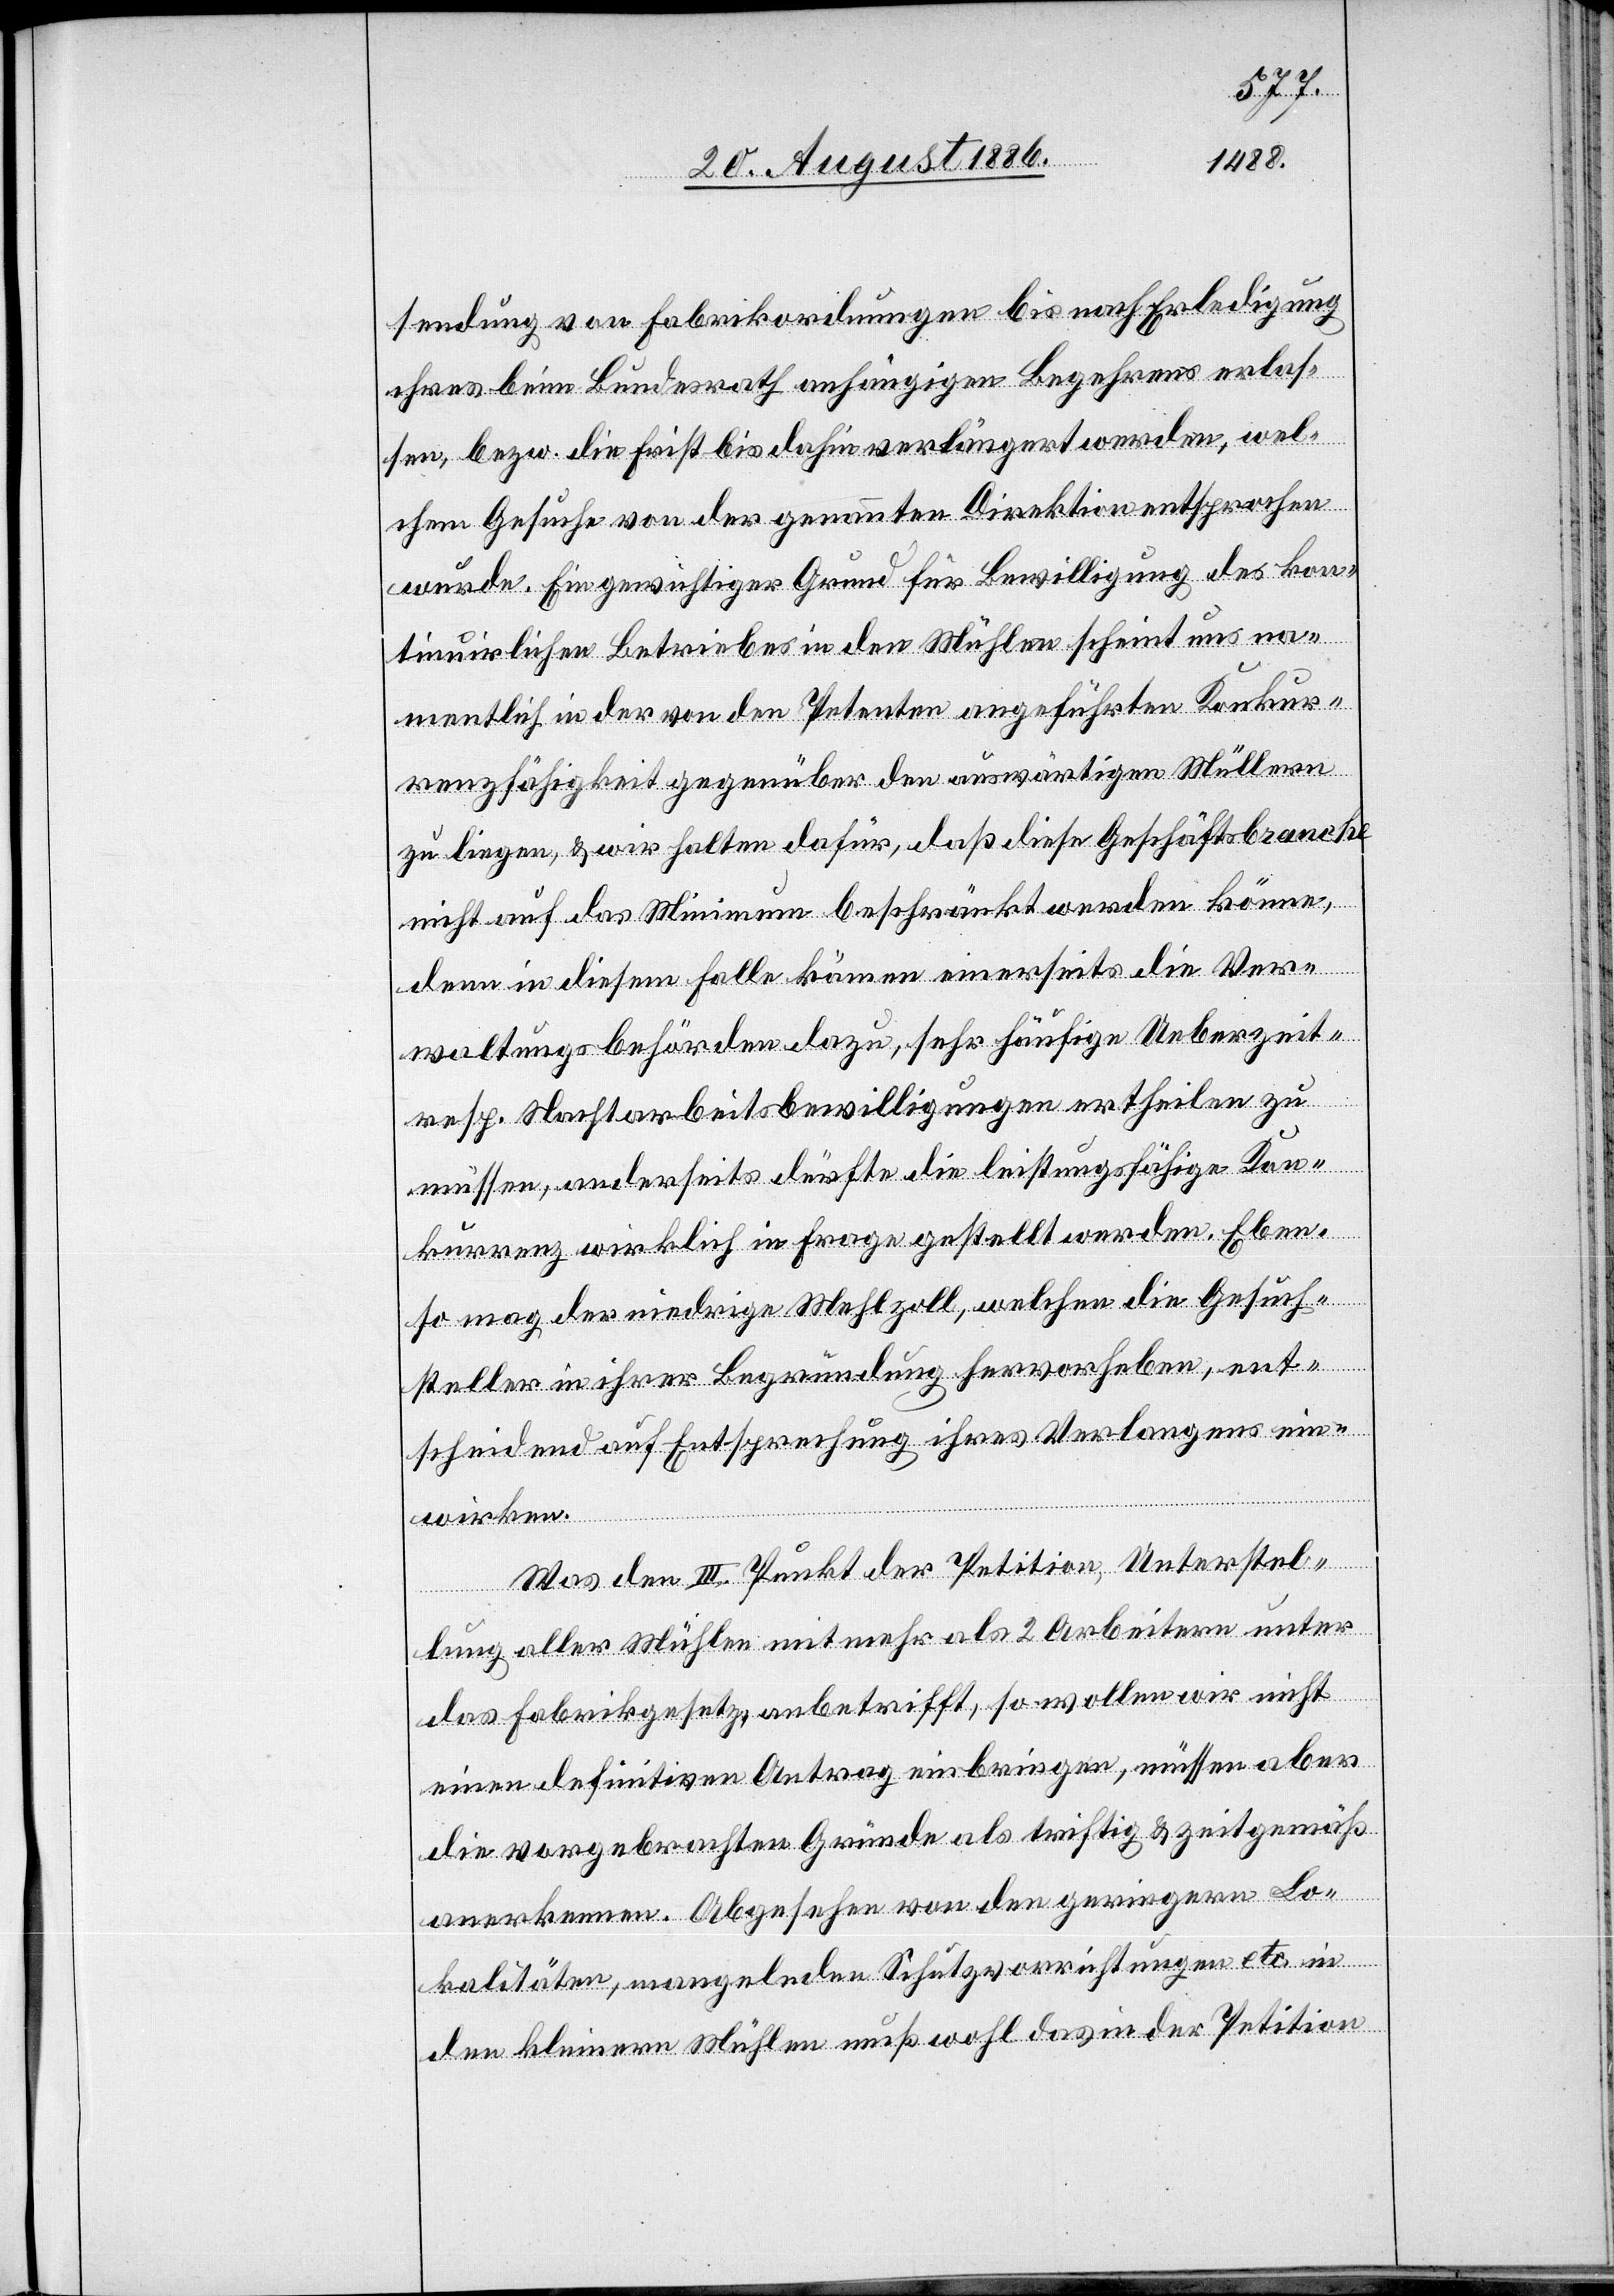
sendung von Fabrikordnungen bis nach Erledigung
ihres beim Bundesrath anhängigen Begehrens erlas¬
sen, bzw. die Frist bis dahin verlängert werden, wel¬
chem Gesuche von der genannten Direktion entsprochen
wurde. Ein gewichtiger Grund für Bewilligung des kon¬
tinuirlichen Betriebes in den Mühlen scheint uns na¬
mentlich in der von den Petenten angeführten Konkur¬
renzfähigkeit gegenüber auswärtigen Müllern
zu liegen, & wir halten dafür, daß diese Geschäftsbranche
nicht auf das Minimum beschränkt werden könne,
denn in diesem Falle kämen einerseits die Ver¬
waltungsbehörden dazu, sehr häufige Ueberzeit-
resp. Nachtarbeitsbewilligungen ertheilen zu
müssen, anderseits dürfte die leistungsfähige Kon¬
kurrenz wirklich in Frage gestellt werden. Eben¬
so mag der niedrige Mehlzoll, welchen die Gesuch¬
steller in ihrer Begründung hervorheben, ent¬
scheidend auf Entsprechung ihres Verlangens ein¬
wirken.
Was den III. Punkt der Petition, Unterstel¬
lung aller Mühlen mit mehr als 2 Arbeitern unter
das Fabrikgesetz anbetrifft, so wollen wir nicht
einen definitiven Antrag einbringen, müssen aber
die vorgebrachten Gründe als triftig & zeitgemäß
anerkennen. Abgesehen von den geringern Lo¬
kalitäten, mangelnden Schutzvorrichtungen etc. in
den kleinern Mühlen muß wohl das in der Petition